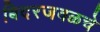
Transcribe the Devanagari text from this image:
बिदरजवळचे